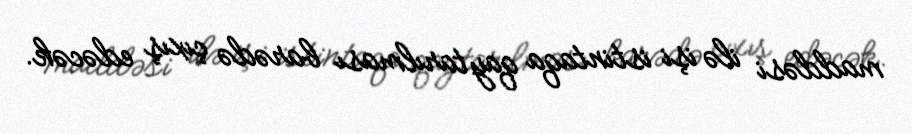
maddəsi ilə işi istintaqa qaytarılması barədə çıxış edəcək.